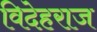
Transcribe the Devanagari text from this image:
विदेहराज